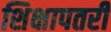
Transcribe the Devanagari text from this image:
शिक्षापतरी